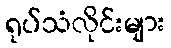
ရုပ်သံလိုင်းများ